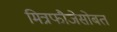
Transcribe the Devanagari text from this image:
मित्रफौजेसोबत